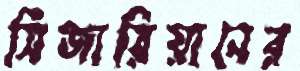
সিজারিয়ানের